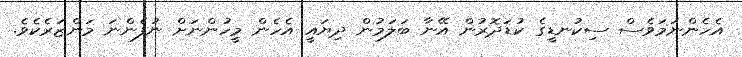
އެހެންނަމަވެސް ސިކުނޑީގެ ކުޑަދޮރުން އޭނާ ބަލަމުން ދިޔައީ އެހެން މީހުންނަށް ނުފެންނަ މަންޒަރެކެވެ.